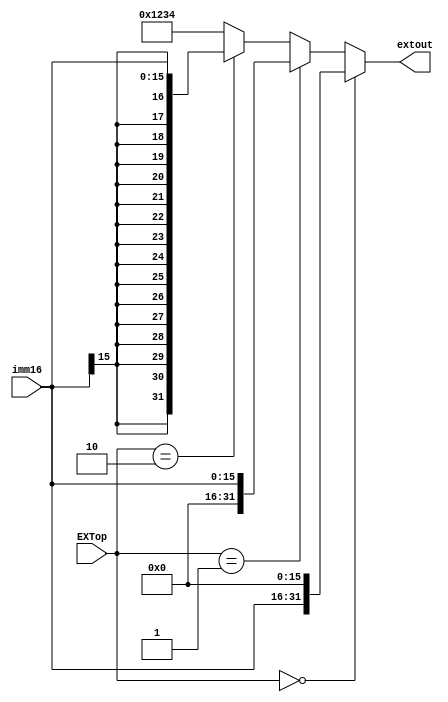
module sign_Ext ( EXTop,imm16,extout);
    input [15:0]  imm16;
    input [1:0]   EXTop;
    output [31:0] extout;
    
    assign extout = (EXTop == 'b00) ? { imm16,16'b0}://lui?16?
                      (EXTop == 'b01) ? { 16'b0,imm16}://?16?
                      (EXTop == 'b10) ? { {16{imm16[15]}},imm16}://?????
                      32'b0001001000110100;//singular value,some option can be defined of EXTop == 'b11
endmodule